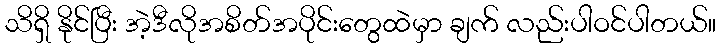
သိရှိ နိုင်ပြီး အဲ့ဒီလိုအစိတ်အပိုင်းတွေထဲမှာ ချက် လည်းပါဝင်ပါတယ်။